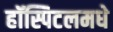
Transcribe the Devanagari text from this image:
हॉस्पिटलमधे